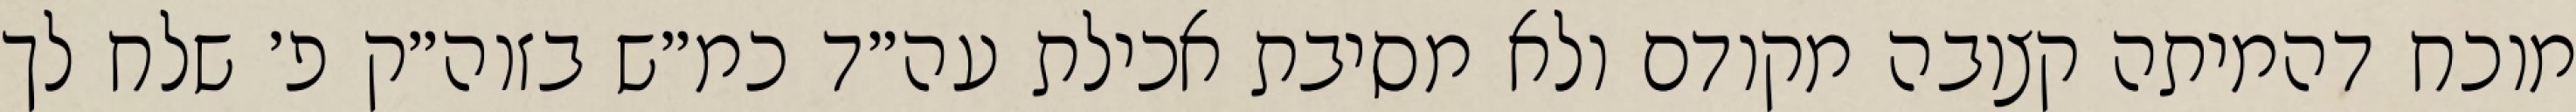
מוכח דהמיתה קצובה מקודם ולא מסיבת אכילת עה״ד כמ״ש בזוה״ק פ׳ שלח לך